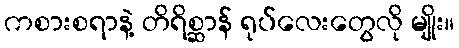
ကစားစရာနဲ့ တိရိစ္ဆာန် ရုပ်လေးတွေလို မျိုး။